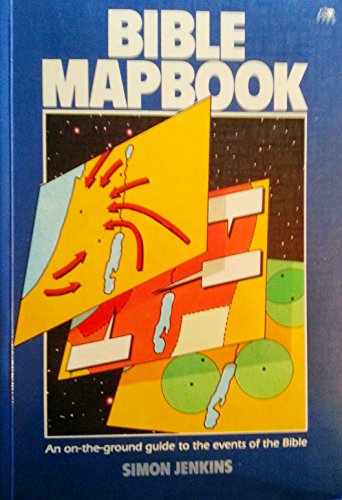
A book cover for Bible Mapbook (A Lion book); Simon Jenkins; Christian Books & Bibles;